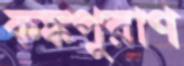
কঙ্কপুরাণ